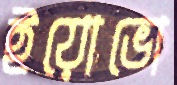
ইয়োভো